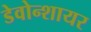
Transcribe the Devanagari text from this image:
डेवोन्शायर